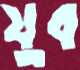
যুব